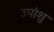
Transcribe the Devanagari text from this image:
उपांशु